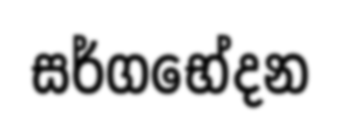
සර්ගභේදන